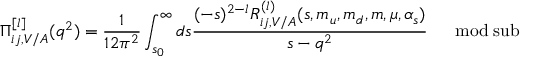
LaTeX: \displaystyle \Pi _ { i j , V / A } ^ { [ l ] } ( q ^ { 2 } ) = \frac { 1 } { 1 2 \pi ^ { 2 } } \int _ { s _ { 0 } } ^ { \infty } d s \frac { ( - s ) ^ { 2 - l } R _ { i j , V / A } ^ { ( l ) } ( s , m _ { u } , m _ { d } , m { } , \mu , \alpha _ { s } ) } { s - q ^ { 2 } } \ \ \ \; \; \mathrm { m o d \; s u b }